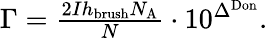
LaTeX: \begin{array}{r}{\Gamma=\frac{2Ih_{\mathrm{brush}}N_{\mathrm{A}}}{N}\cdot 10^{\Delta^{\mathrm{Don}}}.}\end{array}